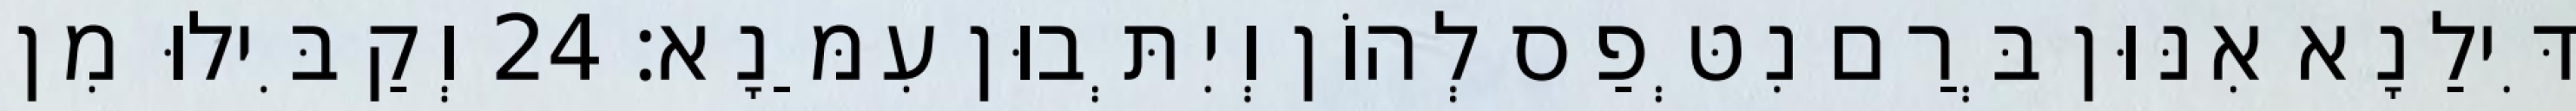
דִּילַנָא אִנּוּן בְּרַם נִטְּפַס לְהוֹן וְיִתְּבוּן עִמַּנָא׃ 24 וְקַבִּילוּ מִן